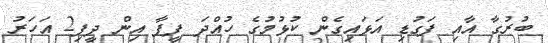
ބުރުގާ އާއި ފަގުޑި އަޅައިގެން ކުޅުމުގެ ހުއްދަ ފީފާ އިން ދީފި2 އަހަރު